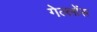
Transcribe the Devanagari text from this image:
गेल्लोंस